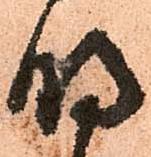
明